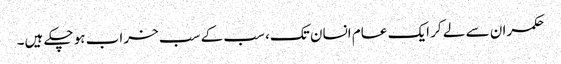
حکمران سے لے کر ایک عام انسان تک، سب کے سب خراب ہو چکے ہیں۔